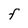
Character: F